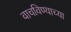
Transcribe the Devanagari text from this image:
वाचविण्याच्या